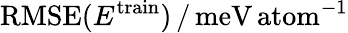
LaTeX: \mathrm{RMSE}(E^{\mathrm{train}})\, /\, \mathrm{meV\, atom}^{-1}